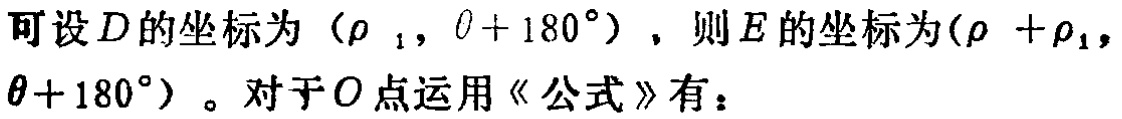
可设\(D\)的坐标为\((\rho_1, \theta + 180^{\circ})\)，则\(E\)的坐标为\((\rho + \rho_1, \theta + 180^{\circ})\)。对于\(O\)点运用《公式》有：